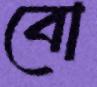
বো